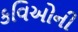
કવિઓની